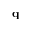
\mathbf { q }